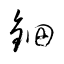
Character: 鈿